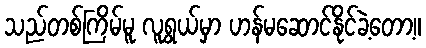
သည်တစ်ကြိမ်မူ လူရွယ်မှာ ဟန်မဆောင်နိုင်ခဲ့တော့။